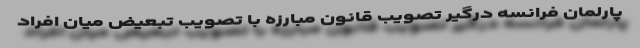
پارلمان فرانسه درگیر تصویب قانون مبارزه با تصویب تبعیض میان افراد